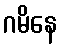
ဂမိနေ